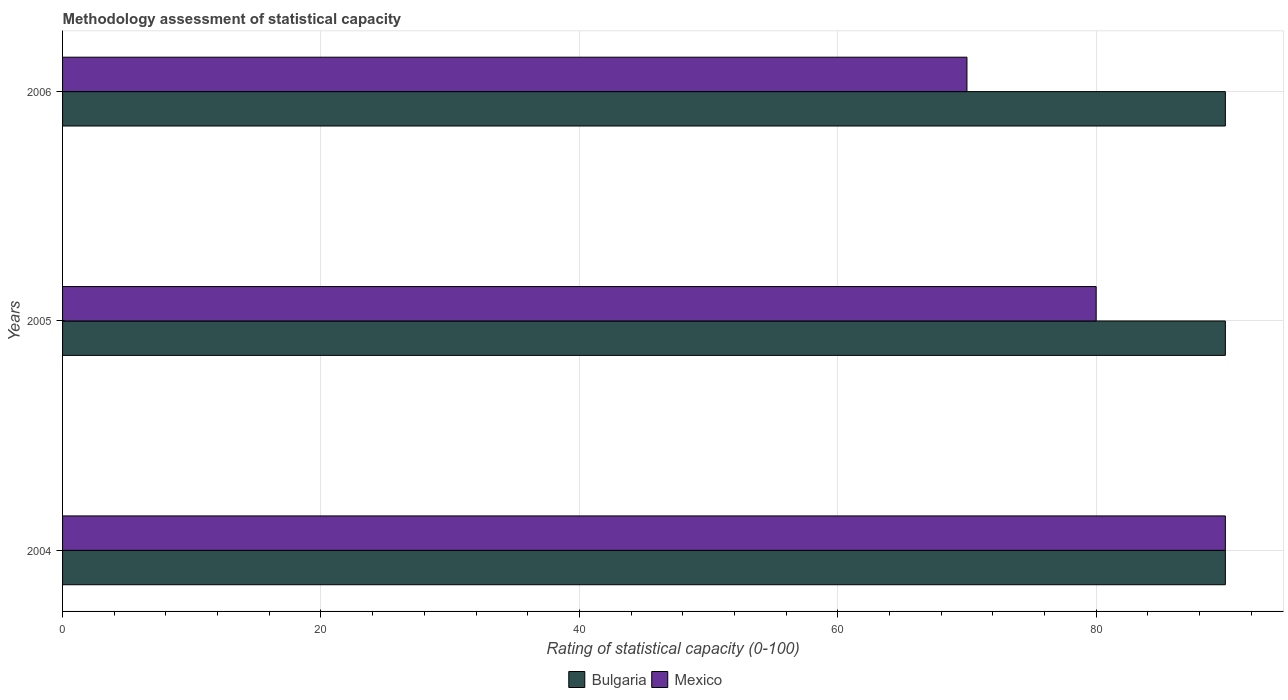
| Years | Bulgaria | Mexico |
 | --- | --- | --- |
 | 2004 | 90 | 90 |
 | 2005 | 90 | 80 |
 | 2006 | 90 | 70 |